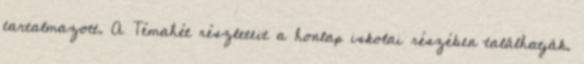
tartalmazott. A Témahét részleteit a honlap iskolai részében találhatják.